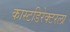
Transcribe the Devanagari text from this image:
कास्टडिरेक्टरला